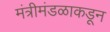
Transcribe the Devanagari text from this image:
मंत्रीमंडळाकडून